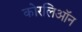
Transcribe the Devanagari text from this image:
कोरलिऑन